Vaccination in the Punjab 1905-1918 - 1905-1918
Year: 1905
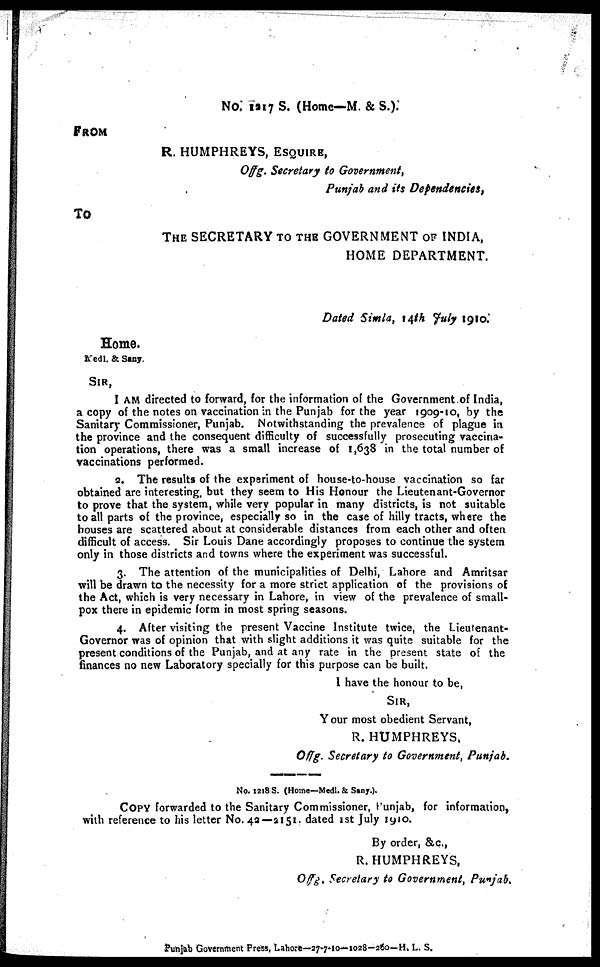
No. 1217 S. (Home—M. & S.).
FROM
R. HUMPHREYS, ESQUIRE,
Offg. Secretary to Government,
Punjab and its Dependencies,
To
THE SECRETARY TO THE GOVERNMENT OF INDIA,
HOME DEPARTMENT.
Dated Simla, 14th July 1910.
Home.
Medl. & Sany.
SIR,
I AM directed to forward, for the information of the Government of India,
a copy of the notes on vaccination in the Punjab for the year 1909-10, by the
Sanitary Commissioner, Punjab. Notwithstanding the prevalence of plague in
the province and the consequent difficulty of successfully prosecuting vaccina-
tion operations, there was a small increase of 1,638 in the total number of
vaccinations performed.
2. The results of the experiment of house-to-house vaccination so far
obtained are interesting, but they seem to His Honour the Lieutenant-Governor
to prove that the system, while very popular in many districts, is not suitable
to all parts of the province, especially so in the case of hilly tracts, where the
houses are scattered about at considerable distances from each other and often
difficult of access. Sir Louis Dane accordingly proposes to continue the system
only in those districts and towns where the experiment was successful.
3. The attention of the municipalities of Delhi, Lahore and Amritsar
will be drawn to the necessity for a more strict application of the provisions of
the Act, which is very necessary in Lahore, in view of the prevalence of small-
pox there in epidemic form in most spring seasons.
4. After visiting the present Vaccine Institute twice, the Lieutenant-
Governor was of opinion that with slight additions it was quite suitable for the
present conditions of the Punjab, and at any rate in the present state of the
finances no new Laboratory specially for this purpose can be built.
I have the honour to be,
SIR,
Your most obedient Servant,
R. HUMPHREYS,
Offg. Secretary to Government, Punjab.
No. 1218 S. (Home—Medl. & Sany.).
COPY forwarded to the Sanitary Commissioner, Punjab, for information,
with reference to his letter No. 42—2151. dated 1st July 1910.
By order, &c.,
R.HUMPHREYS,
Offg. Secretary to Government, Punjab.
Punjab Government Press, Lahore—27-7-10—1028—260—H. L. S.